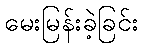
မေးမြန်းခဲ့ခြင်း